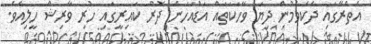
އެތެރޭގައި ދެކެވެމުން ދިޔަ ވާހަކަތައް އަޑުއަހަން ދޮރު ކައިރީގައި ހުރި ވާރިޝް ހީލިއެވެ.